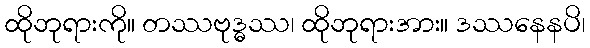
ထိုဘုရားကို။ တဿဗုဒ္ဓဿ၊ ထိုဘုရားအား။ ဒဿနေနပိ၊